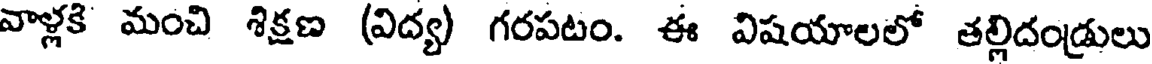
వాళ్లకి మంచి శిక్షణ (విద్య) గరపటం. ఈ విషయాలలో తల్లిదండ్రులు